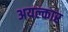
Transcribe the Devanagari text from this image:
अयल्कार